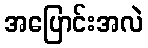
အပြောင်းအလဲ